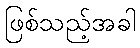
ဖြစ်သည့်အခါ